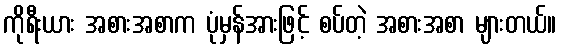
ကိုရီးယား အစားအစာက ပုံမှန်အားဖြင့် စပ်တဲ့ အစားအစာ များတယ်။